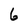
Character: 6